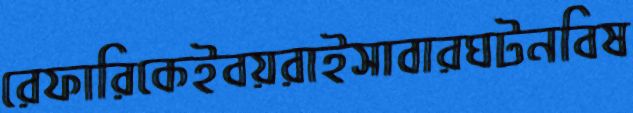
রেফারিকেইবয়রাইসাবারঘটনবিষ